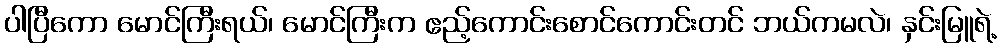
ပါပြီကော မောင်ကြီးရယ်၊ မောင်ကြီးက ဧည့်ကောင်းစောင်ကောင်းတင် ဘယ်ကမလဲ၊ နှင်းမြူရဲ့